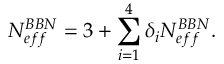
N _ { e f f } ^ { B B N } = 3 + \sum _ { i = 1 } ^ { 4 } \delta _ { i } N _ { e f f } ^ { B B N } .